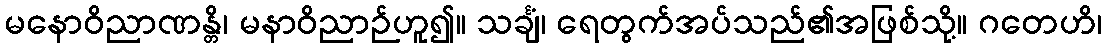
မနောဝိညာဏန္တိ၊ မနာဝိညာဉ်ဟူ၍။ သင်္ချံ၊ ရေတွက်အပ်သည်၏အဖြစ်သို့။ ဂတေဟိ၊